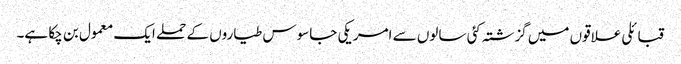
قبائلی علاقوں میں گزشتہ کئی سالوں سے امریکی جاسوس طیاروں کے حملے ایک معمول بن چکا ہے۔